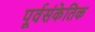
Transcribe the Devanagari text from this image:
पूर्वसंकेतिक